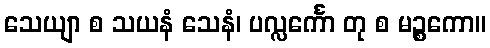
သေယျာ စ သယနံ သေနံ၊ ပလ္လင်္ကော တု စ မဉ္စကော။